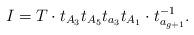
LaTeX: \begin{align*}I=T \cdot t_{A_3}t_{A_5}t_{a_3}t_{A_1} \cdot t_{a_{g+1}}^{-1}.\end{align*}